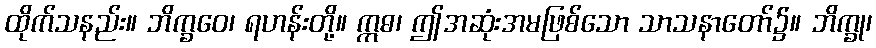
ထိုက်သနည်း။ ဘိက္ခဝေ၊ ရဟန်းတို့။ ဣဓ၊ ဤအဆုံးအမဖြစ်သော သာသနာတော်၌။ ဘိက္ခု၊